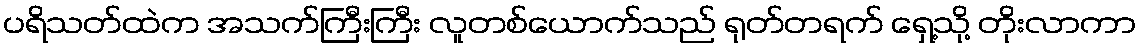
ပရိသတ်ထဲက အသက်ကြီးကြီး လူတစ်ယောက်သည် ရုတ်တရက် ရှေ့သို့ တိုးလာကာ